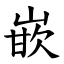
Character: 嵌